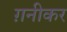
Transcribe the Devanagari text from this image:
ग़नीकर